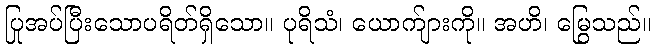
ပြုအပ်ပြီးသောပရိတ်ရှိသော။ ပုရိသံ၊ ယောက်ျားကို။ အဟိ၊ မြွေသည်။